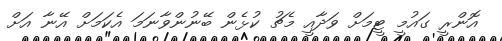
އޮންރީ ގައުމީ ޓީމަށް ވަދާއީ މެޗު ކުޅެން ބޭނުންވާނަމަ އެކަމަށް އޭނާ އަށް